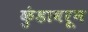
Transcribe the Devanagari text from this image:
कुंडावरून